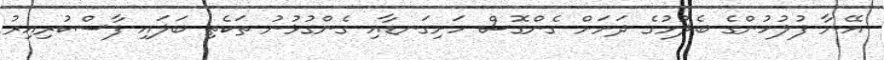
އޭނާ ފުލުހުންގެ ބެލުމުގެ ދަށަށް ގެންގޮސް ހަށިގަނޑާއި ގެންގުޅުނު ތަކެތި ބަލައި ފާސްކުރިއިރު